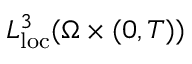
L _ { \mathrm { l o c } } ^ { 3 } ( \Omega \times ( 0 , T ) )